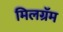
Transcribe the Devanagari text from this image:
मिलग्रॅम